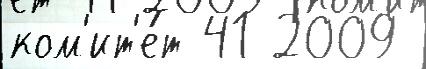
ком'ит'е́т 41 2009